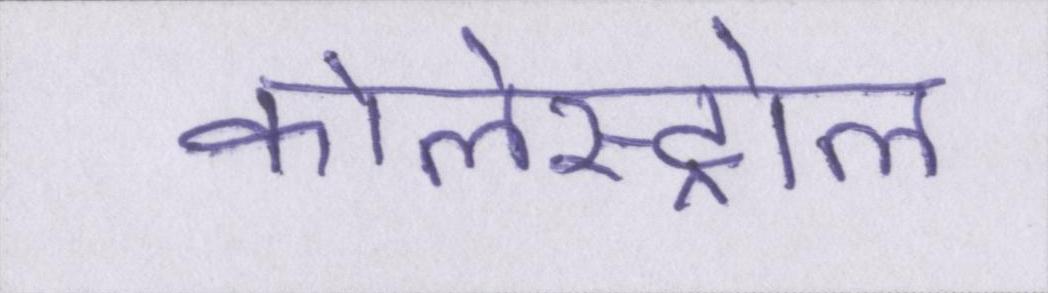
कोलेस्ट्रोल